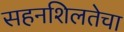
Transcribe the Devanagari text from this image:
सहनशिलतेचा